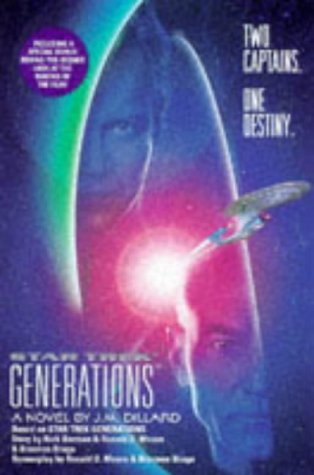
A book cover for Star Trek Generations (Star Trek The Next Generation); J. M. Dillard; Sports & Outdoors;